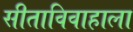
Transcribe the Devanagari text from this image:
सीताविवाहाला